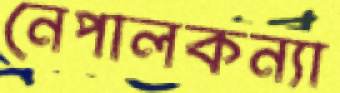
নেপালকন্যা